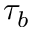
\tau _ { b }